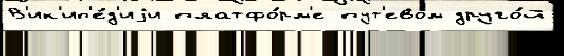
В'ик'ип'е́д'иjи платфо́рм'е пут'евом друго́й